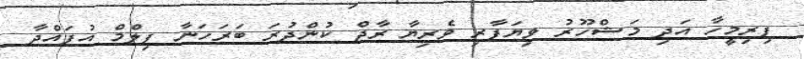
ފިރިމީހާ އަދި މަޝްހޫރު ވިޔަފާރި ވެރިޔާ ރާޖް ކުންދުރަ ބަރަހަނާ ފިލްމް އުފައްދާ